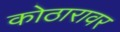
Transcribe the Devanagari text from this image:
कोठारावर